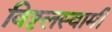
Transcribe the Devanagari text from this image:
विट्ठलस्वामी